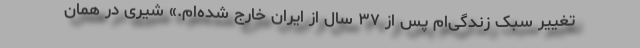
تغییر سبک زندگی‌ام پس از ۳۷ سال از ایران خارج شده‌ام.» شیری در همان